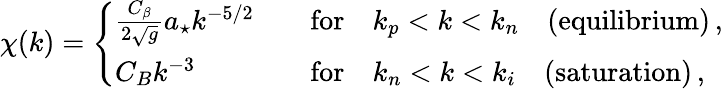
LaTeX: \chi(k)=\Bigg\{ \begin{array}{ll}{\frac{C_{\beta}}{2\sqrt{g}}a_{\star}k^{-5/2}\quad}&{\mathrm{for}\quad k_{p}<k<k_{n}\quad\mathrm{(equilibrium)}\, ,}\\ {C_{B}k^{-3}\quad}&{\mathrm{for}\quad k_{n}<k<k_{i}\quad\mathrm{(saturation)}\, ,}\end{array}